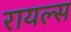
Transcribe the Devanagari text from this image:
रायल्स